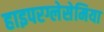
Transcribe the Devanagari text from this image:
हाइपरग्लेसेमिया